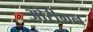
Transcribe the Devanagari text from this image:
ओरीगन